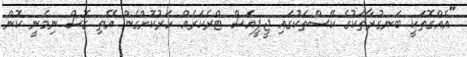
"އެއްގޮތަކީ ބަނގުރާތަކުގެ ކޭސްތަކުގައި ޖީޕީއެސް ޓްރެކަރެއް ހަރުކޮށްގެން އޭތި ގޮސް ނިމެނީ ކޮން